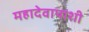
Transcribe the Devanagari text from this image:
महादेवापाशी